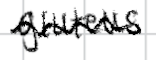
Text: gluteus
Cross-out: wave
Writing tool: digital_black